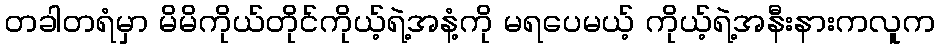
တခါတရံမှာ မိမိကိုယ်တိုင်ကိုယ့်ရဲ့အနံ့ကို မရပေမယ့် ကိုယ့်ရဲ့အနီးနားကလူက